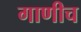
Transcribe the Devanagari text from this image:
गाणीच